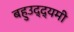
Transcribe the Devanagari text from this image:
बहुउद्द्यमी